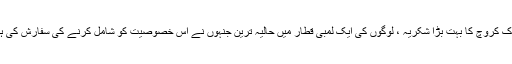
ایرک کروچ کا بہت بڑا شکریہ ، لوگوں کی ایک لمبی قطار میں حالیہ ترین جنہوں نے اس خصوصیت کو شامل کرنے کی سفارش کی ہے۔